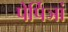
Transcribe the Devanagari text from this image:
पेर्पिञां